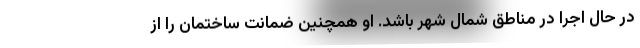
در حال اجرا در مناطق شمال شهر باشد. او همچنین ضمانت ساختمان را از